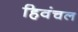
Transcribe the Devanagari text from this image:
हिवंचल